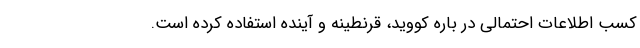
کسب اطلاعات احتمالی در باره کووید، قرنطینه و آینده استفاده کرده است.